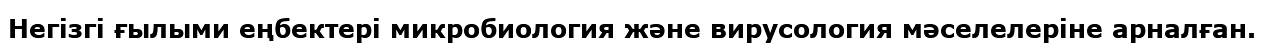
Негізгі ғылыми еңбектері микробиология және вирусология мәселелеріне арналған.